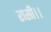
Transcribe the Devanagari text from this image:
रासी।।